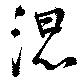
混